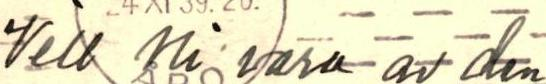
Vill ni vara av den